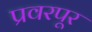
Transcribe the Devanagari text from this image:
प्रवरपूर